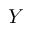
Y